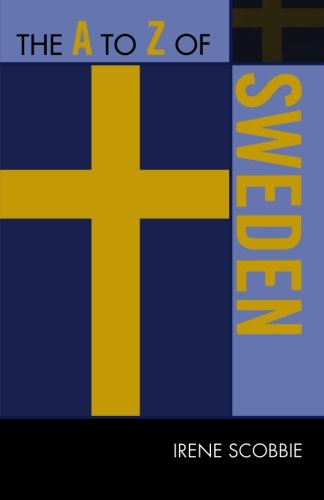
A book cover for The A to Z of Sweden (The A to Z Guide Series); Irene Scobbie; History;